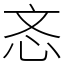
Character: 忞